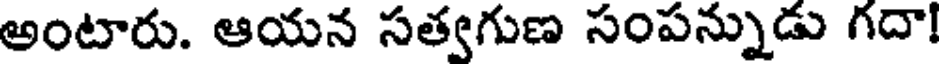
అంటారు. ఆయన సత్వగుణ సంపన్నుడు గదా!